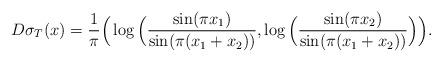
LaTeX: \begin{align*} D\sigma_T (x) =\frac{1}{\pi} \Big(\log \Big(\frac{\sin (\pi x_1)}{\sin (\pi(x_1+ x_2))}, \log \Big(\frac{\sin (\pi x_2)}{\sin (\pi(x_1+ x_2))}\Big)\Big). \end{align*}